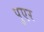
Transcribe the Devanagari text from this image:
पुएर